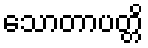
သောတာပတ္တိ